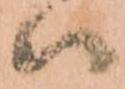
ハ